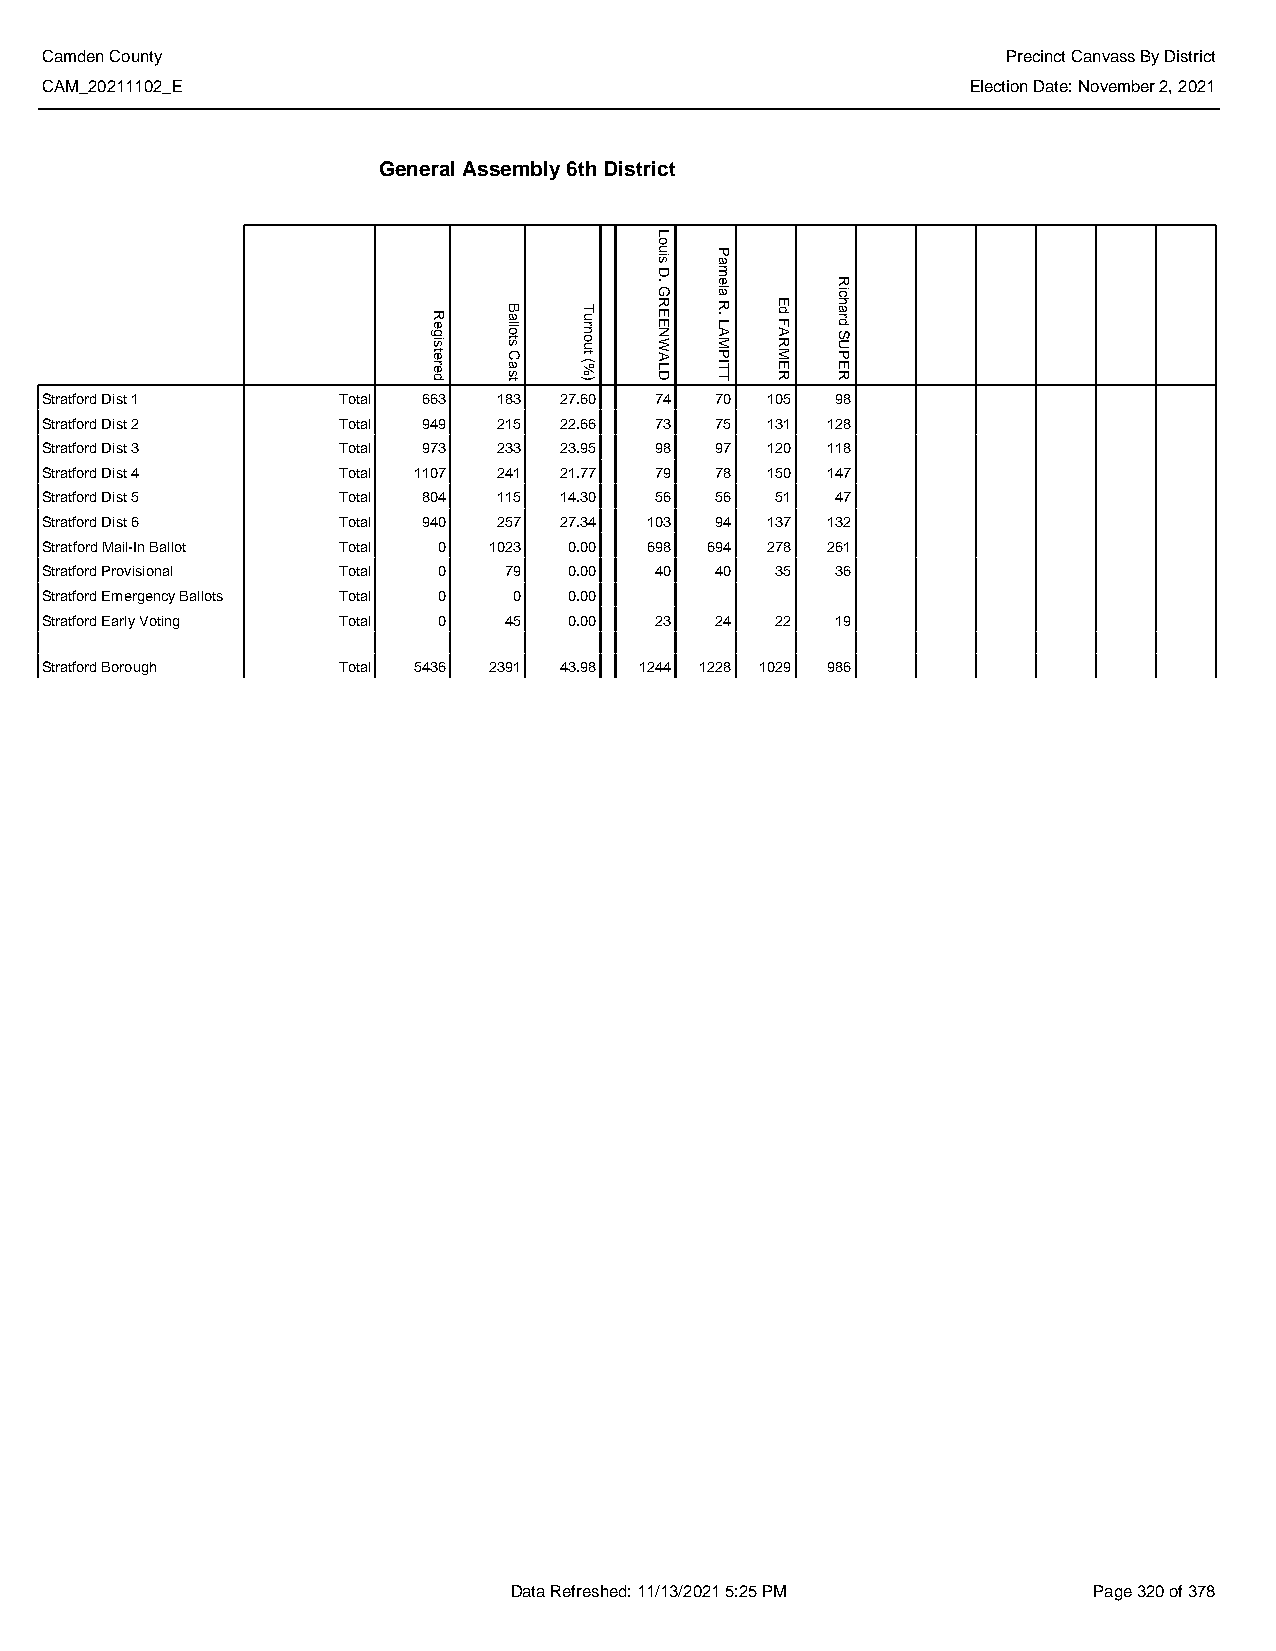
Camden County                                                   Precinct Canvass By District
 CAM_20211102_E                                               Election Date: November 2, 2021
 General Assembly 6th District
 Stratford Dist 1   Total 663  183 27.60 74  70  105 98
 Stratford Dist 2   Total 949  215 22.66 73  75  131 128
 Stratford Dist 3   Total 973  233 23.95 98  97  120 118
 Stratford Dist 4   Total 1107 241 21.77 79  78  150 147
 Stratford Dist 5   Total 804  115 14.30 56  56  51  47
 Stratford Dist 6   Total 940  257 27.34 103 94  137 132
 Stratford Mail-In Ballot Total 0 1023 0.00 698 694 278 261
 Stratford Provisional Total 0 79   0.00 40  40  35  36
 Stratford Emergency Ballots Total 0 0 0.00
 Stratford Early Voting Total 0 45  0.00 23  24  22  19
 Stratford Borough  Total 5436 2391 43.98 1244 1228 1029 986
 Data Refreshed: 11/13/2021 5:25 PM    Page 320 of 378
 Registered
 Ballots
 Cast
 Turnout
 (%)
 Louis
 D.
 GREENWALD
 Pamela
 R.
 LAMPITT
 Ed
 FARMER
 Richard
 SUPER